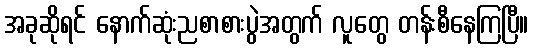
အခုဆိုရင် နောက်ဆုံးညစာစားပွဲအတွက် လူတွေ တန်းစီနေကြပြီ။